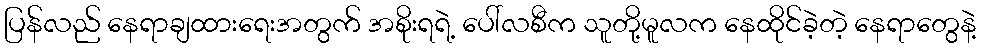
ပြန်လည် နေရာချထားရေးအတွက် အစိုးရရဲ့ ပေါ်လစီက သူတို့မူလက နေထိုင်ခဲ့တဲ့ နေရာတွေနဲ့